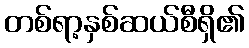
တစ်ရာ့နှစ်ဆယ်စီရှိ၏